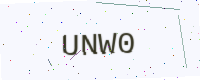
Text: UNW0